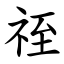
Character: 祬